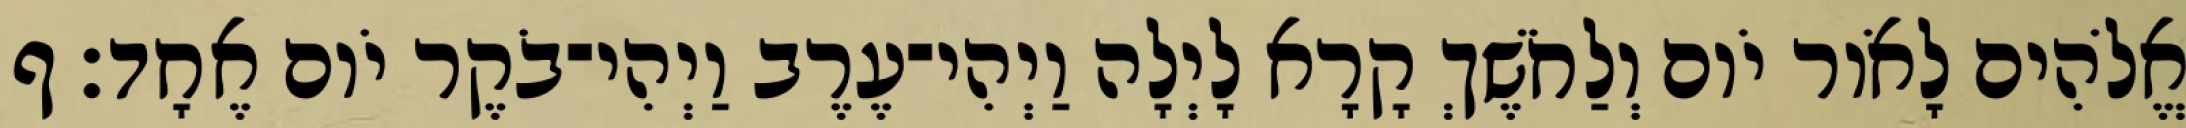
אֱלֹהִים לָאֹור יֹום וְלַחֹשֶׁךְ קָרָא לָיְלָה וַיְהִי־עֶרֶב וַיְהִי־בֹקֶר יֹום אֶחָד׃ ף